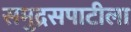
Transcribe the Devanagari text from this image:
समुद्रसपाटीला